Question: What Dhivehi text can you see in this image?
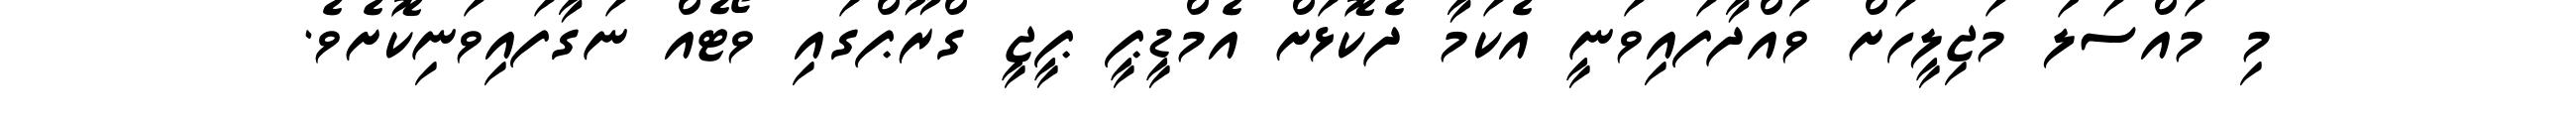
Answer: މި މައްސަލަ މަޖިލީހަށް ވައްދާފައިވަނީ އެކަމާ ދެކޮޅަށް އެމްޑީޕީ ޕީޖީ ގްރޫޕްގައި ވޯޓެއް ނަގާފައިވަނިކޮށެވެ.